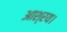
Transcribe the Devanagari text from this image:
आश्रय।